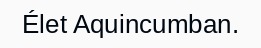
Élet Aquincumban.